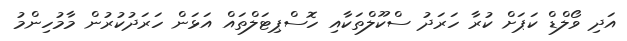
އަދި ވޯލްޑް ކަޕަށް ކުރާ ހަރަދު ސްކޫލްތަކާއި ހޮސްޕިޓަލްތައް އަޅަން ހަރަދުކުރުން މާމުހިންމު